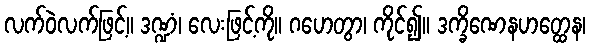
လက်ဝဲလက်ဖြင့်။ ဒဏ္ဍံ၊ လေးဖြင့်ကို။ ဂဟေတွာ၊ ကိုင်၍။ ဒက္ခိဏေနဟတ္ထေန၊